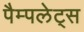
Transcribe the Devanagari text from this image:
पैम्पलेट्स